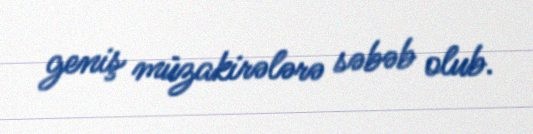
geniş müzakirələrə səbəb olub.